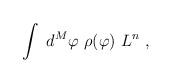
LaTeX: \begin{align*}\int \ d^M\varphi \ \rho(\varphi) \ L^n \ ,\end{align*}